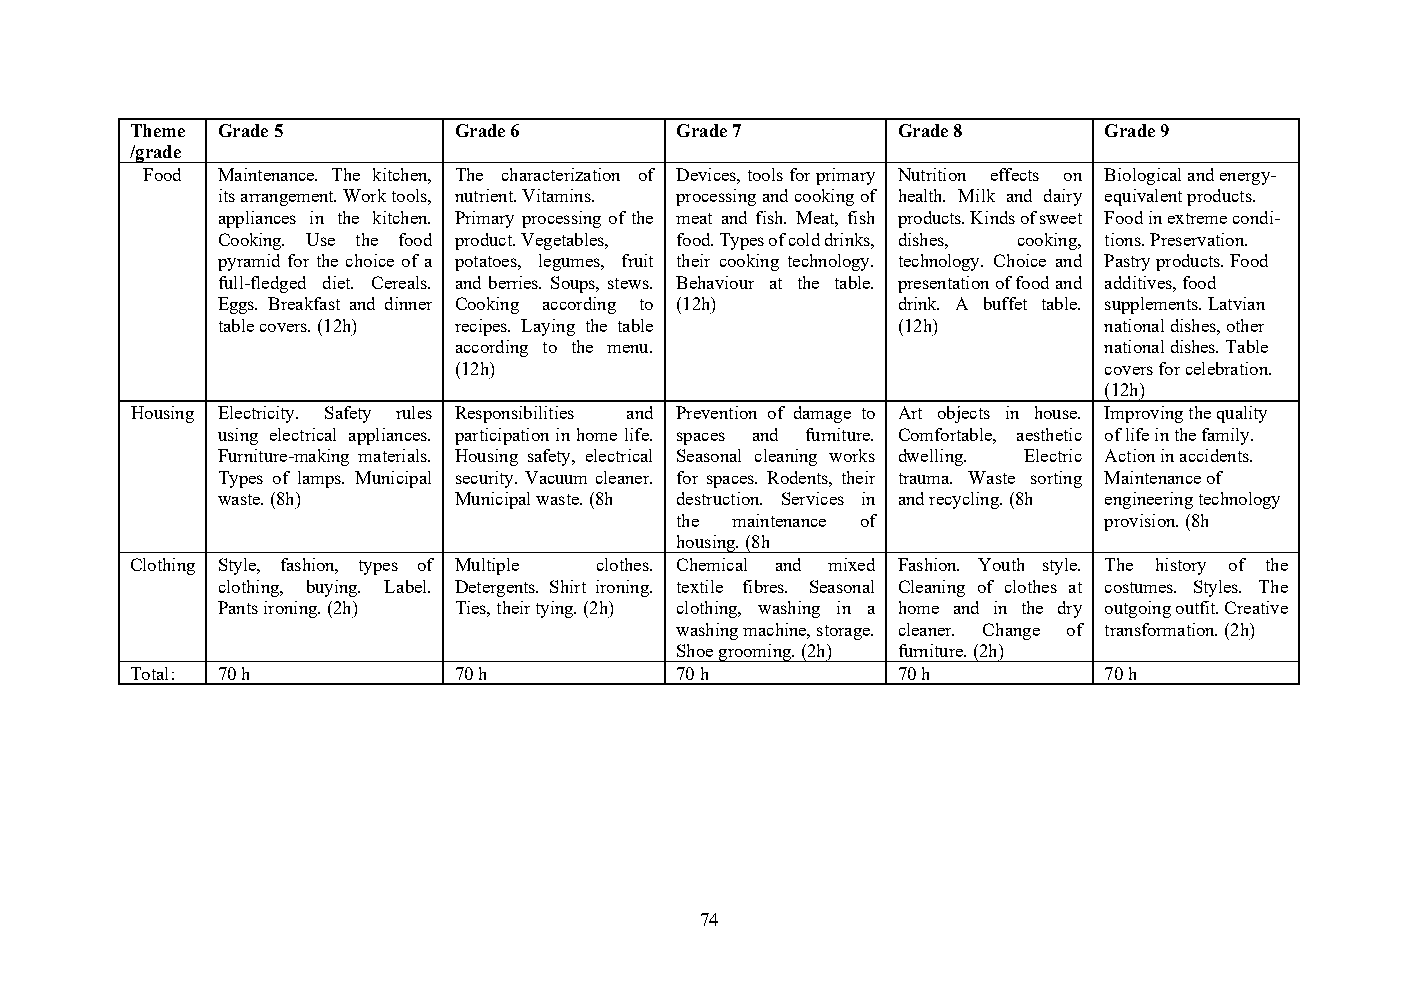
Theme Grade 5        Grade 6        Grade 7       Grade 8       Grade 9
 /grade
 Food Maintenance. The kitchen, The characterization of Devices, tools for primary Nutrition effects on Biological and energy-
 its arrangement. Work tools, nutrient. Vitamins. processing and cooking of health. Milk and dairy equivalent products.
 appliances in the kitchen. Primary processing of the meat and fish. Meat, fish products. Kinds of sweet Food in extreme condi-
 Cooking. Use the food product. Vegetables, food. Types of cold drinks, dishes, cooking, tions. Preservation.
 pyramid for the choice of a potatoes, legumes, fruit their cooking technology. technology. Choice and Pastry products. Food
 full-fledged diet. Cereals. and berries. Soups, stews. Behaviour at the table. presentation of food and additives, food
 Eggs. Breakfast and dinner Cooking according to (12h) drink. A buffet table. supplements. Latvian
 table covers. (12h) recipes. Laying the table (12h)        national dishes, other
 according to the menu.                     national dishes. Table
 (12h)                                      covers for celebration.
 (12h)
 Housing Electricity. Safety rules Responsibilities and Prevention of damage to Art objects in house. Improving the quality
 using electrical appliances. participation in home life. spaces and furniture. Comfortable, aesthetic of life in the family.
 Furniture-making materials. Housing safety, electrical Seasonal cleaning works dwelling. Electric Action in accidents.
 Types of lamps. Municipal security. Vacuum cleaner. for spaces. Rodents, their trauma. Waste sorting Maintenance of
 waste. (8h)     Municipal waste. (8h destruction. Services in and recycling. (8h engineering technology
 the maintenance of          provision. (8h
 housing. (8h
 Clothing Style, fashion, types of Multiple clothes. Chemical and mixed Fashion. Youth style. The history of the
 clothing, buying. Label. Detergents. Shirt ironing. textile fibres. Seasonal Cleaning of clothes at costumes. Styles. The
 Pants ironing. (2h) Ties, their tying. (2h) clothing, washing in a home and in the dry outgoing outfit. Creative
 washing machine, storage. cleaner. Change of transformation. (2h)
 Shoe grooming. (2h) furniture. (2h)
 Total: 70 h          70 h           70 h          70 h          70 h
 74